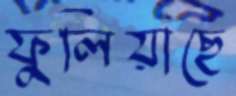
ফুলিয়াছে